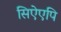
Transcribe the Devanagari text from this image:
सिऐएपि